Subject: cs
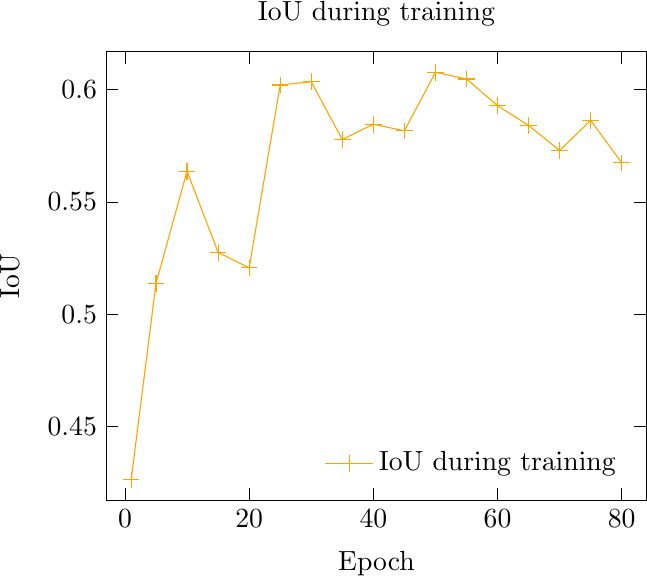
LaTeX code:
\begin{tikzpicture}

\definecolor{darkgray176}{RGB}{176,176,176}
\definecolor{orange}{RGB}{255,165,0}

\begin{axis}[
legend cell align={left},
legend style={
  fill opacity=0.8,
  draw opacity=1,
  text opacity=1,
  at={(0.97,0.03)},
  anchor=south east,
  draw=none
},
tick pos=both,
title={IoU during training},
x grid style={darkgray176},
xlabel={Epoch},
xmin=-2.95, xmax=83.95,
xtick style={color=black},
y grid style={darkgray176},
ylabel={IoU},
ymin=0.417342284321785, ymax=0.616718372702598,
ytick style={color=black}
]
\addplot [orange, mark=+, mark size=3, mark options={solid}]
table {%
1 0.42640483379364
5 0.513723313808441
10 0.56364232301712
15 0.527571201324463
20 0.520628929138184
25 0.60199111700058
30 0.603411197662354
35 0.577725410461426
40 0.584530234336853
45 0.581609964370728
50 0.607655823230743
55 0.604674279689789
60 0.592810392379761
65 0.583972275257111
70 0.572862386703491
75 0.586271584033966
80 0.567368030548096
};
\addlegendentry{IoU during training}
\end{axis}

\end{tikzpicture}